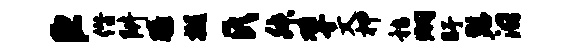
臣僭阱膝樾氏舛擘文柙嵇炯盱瑟汨